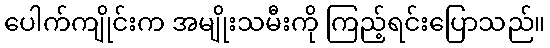
ပေါက်ကျိုင်းက အမျိုးသမီးကို ကြည့်ရင်းပြောသည်။